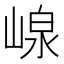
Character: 㟫